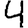
Digit: 4